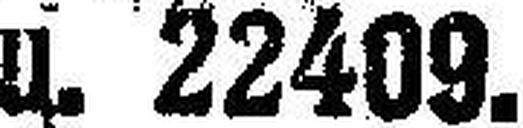
u. 22409.